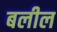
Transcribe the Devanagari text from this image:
बलील